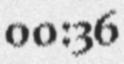
00:36